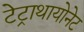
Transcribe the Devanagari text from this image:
टेट्राथायोनेट